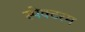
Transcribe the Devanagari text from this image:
स्पेक्टरम